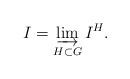
LaTeX: \begin{align*}I = \varinjlim_{H \subset G} I^H.\end{align*}